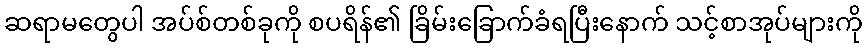
ဆရာမတွေပါ အပ်စ်တစ်ခုကို စပရိန်၏ ခြိမ်းခြောက်ခံရပြီးနောက် သင့်စာအုပ်များကို